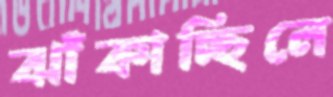
ঝাঁকাচ্ছিলে